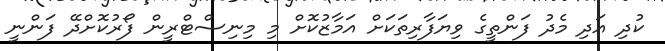
ކުދި އަދި މެދު ފަންތީގެ ވިޔަފާރިތަކަށް އަމާޒުކޮށް މި މިނިސްޓްރީން ފޯރުކޮށްދޭ ފަންނީ